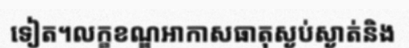
ទៀត។លក្ខខណ្ឌអាកាសធាតុស្ងប់ស្ងាត់និង